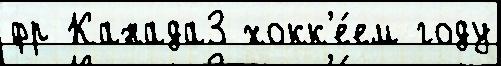
фр Канада3 хокк'е́ем году